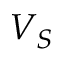
V _ { S }